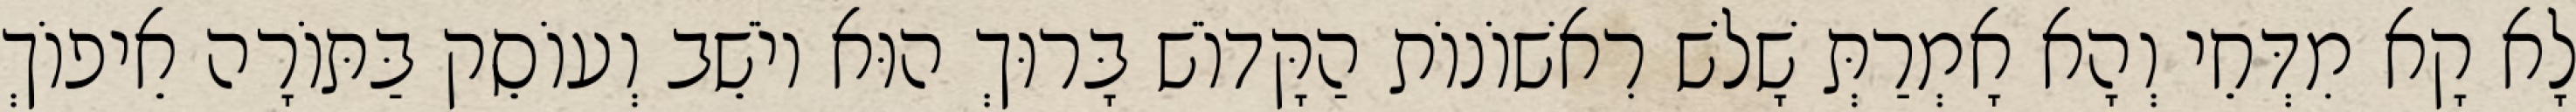
לָא קָא מִדְּחֵי וְהָא אָמְרַתְּ שָׁלֹשׁ רִאשׁוֹנוֹת הַקָּדוֹשׁ בָּרוּךְ הוּא יוֹשֵׁב וְעוֹסֵק בַּתּוֹרָה אֵיפוֹךְ